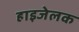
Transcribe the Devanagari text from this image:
हाइजेलक